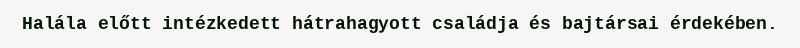
Halála előtt intézkedett hátrahagyott családja és bajtársai érdekében.